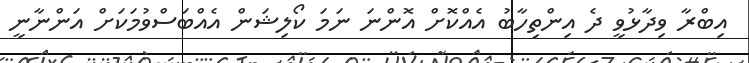
އިބްރާ ވިދާޅުވީ ދެ އިންތިހާބު އެއްކޮށް އޮންނަ ނަމަ ކޯލިޝަން އެއްބަސްވުމަކަށް އަންނާނީ